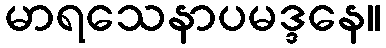
မာရသေနာပမဒ္ဒနေ။